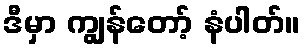
ဒီမှာ ကျွန်တော့် နံပါတ်။